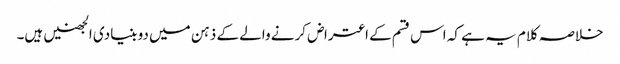
خلاصہ کلام یہ ہے کہ اس قسم کے اعتراض کرنے والے کے ذہن میں دو بنیادی الجھنیں ہیں۔